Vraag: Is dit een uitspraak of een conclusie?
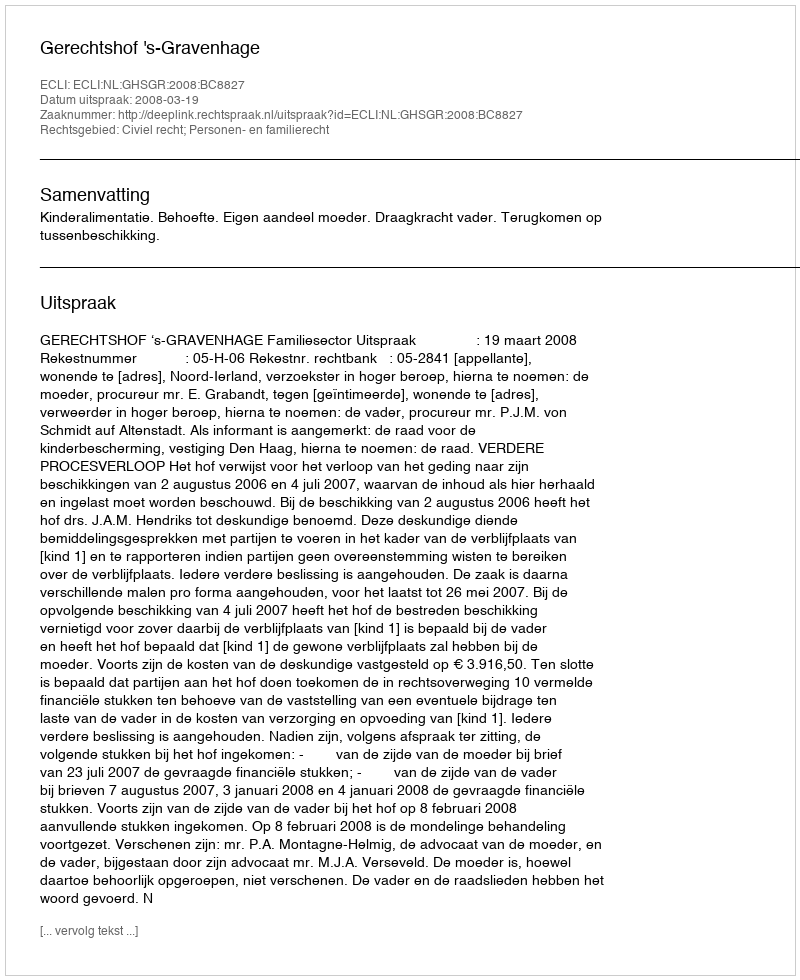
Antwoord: Uitspraak